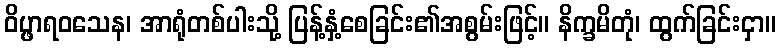
ဝိပ္ဖာရဝသေန၊ အာရုံတစ်ပါးသို့ ပြန့်နှံ့စေခြင်း၏အစွမ်းဖြင့်။ နိက္ခမိတုံ၊ ထွက်ခြင်းငှာ။